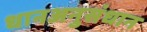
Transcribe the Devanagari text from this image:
धानअनुसंधान